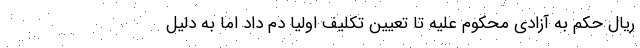
ریال حکم به آزادی محکوم علیه تا تعیین تکلیف اولیا دم داد اما به دلیل